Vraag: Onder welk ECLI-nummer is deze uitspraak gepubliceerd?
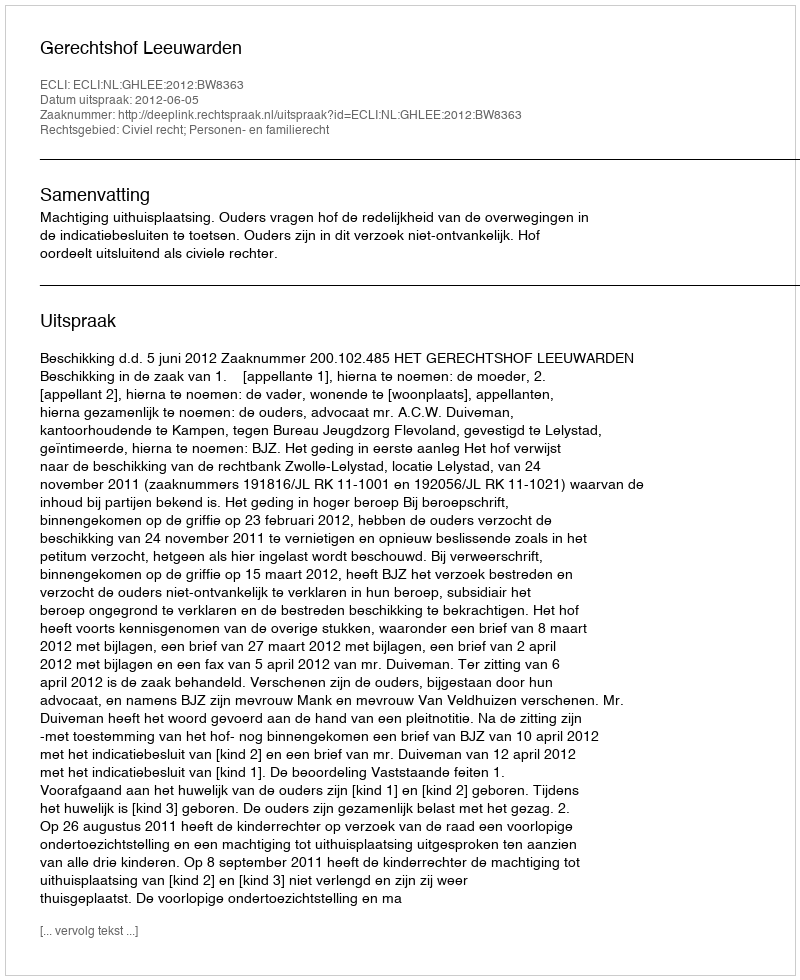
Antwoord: ECLI:NL:GHLEE:2012:BW8363